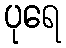
ပုရေ